Annual administration report of the Civil Veterinary Department, Sind - 1941-1942
Year: 1941
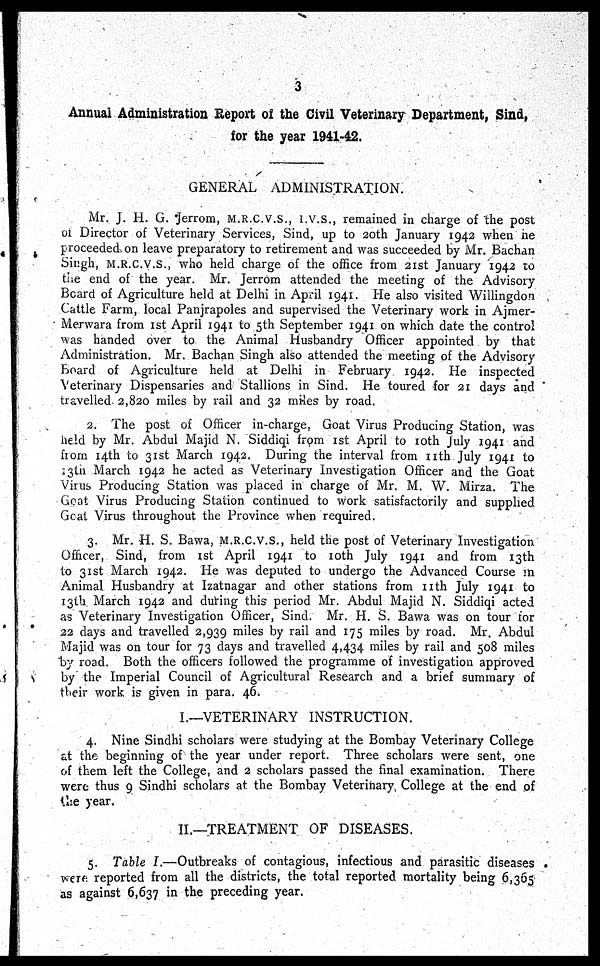
3
Annual Administration Report of the Civil Veterinary Department, Sind,
for the year 1941-42.
GENERAL ADMINISTRATION.
Mr. J. H. G. Jerrom, M.R.C.V.S., I.V.S., remained in charge of the post
of Director of Veterinary Services, Sind, up to 20th January 1942 when he
proceeded on leave preparatory to retirement and was succeeded by Mr. Bachan
Singh, M.R.C.V.S., who held charge of the office from 21st January 1942 to
the end of the year. Mr. Jerrom attended the meeting of the Advisory
Board of Agriculture held at Delhi in April 1941. He also visited Willingdon
Cattle Farm, local Panjrapoles and supervised the Veterinary work in Ajmer-
Merwara from 1st April 1941 to 5th September 1941 on which date the control
was handed over to the Animal Husbandry Officer appointed by that
Administration. Mr. Bachan Singh also attended the meeting of the Advisory
Board of Agriculture held at Delhi in February 1942. He inspected
Veterinary Dispensaries and Stallions in Sind. He toured for 21 days and
travelled 2,820 miles by rail and 32 miles by road.
2. The post of Officer in-charge, Goat Virus Producing Station, was
held by Mr. Abdul Majid N. Siddiqi from 1st April to 10th July 1941 and
from 14th to 31st March 1942. During the interval from 11th July 1941 to
13th March 1942 he acted as Veterinary Investigation Officer and the Goat
Virus Producing Station was placed in charge of Mr. M. W. Mirza. The
Goat Virus Producing Station continued to work satisfactorily and supplied
Goat Virus throughout the Province when required.
3. Mr. H. S. Bawa, M.R.C.V.S., held the post of Veterinary Investigation
Officer, Sind, from 1st April 1941 to 10th July 1941 and from 13th
to 31st March 1942. He was deputed to undergo the Advanced Course in
Animal Husbandry at Izatnagar and other stations from 11th July 1941 to
13th March 1942 and during this period Mr. Abdul Majid N. Siddiqi acted
as Veterinary Investigation Officer, Sind. Mr. H. S. Bawa was on tour for
22 days and travelled 2,939 miles by rail and 175 miles by road. Mr. Abdul
Majid was on tour for 73 days and travelled 4,434 miles by rail and 508 miles
by road. Both the officers followed the programme of investigation approved
by the Imperial Council of Agricultural Research and a brief summary of
their work is given in para. 46.
I.—VETERINARY INSTRUCTION.
4. Nine Sindhi scholars were studying at the Bombay Veterinary College
at the beginning of the year under report. Three scholars were sent, one
of them left the College, and 2 scholars passed the final examination. There
were thus 9 Sindhi scholars at the Bombay Veterinary College at the end of
the year.
II.—TREATMENT OF DISEASES.
5. Table I.—Outbreaks of contagious, infectious and parasitic diseases
were reported from all the districts, the total reported mortality being 6,365
as against 6,637 in the preceding year.